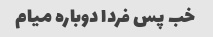
خب پس فردا دوباره میام